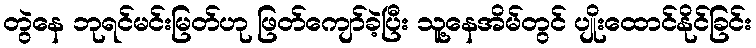
တွဲနေ ဘုရင်မင်းမြတ်ဟု ဖြတ်ကျော်ခဲ့ပြီး သူ့နေအိမ်တွင် ပျိုးထောင်နိုင်ခြင်း